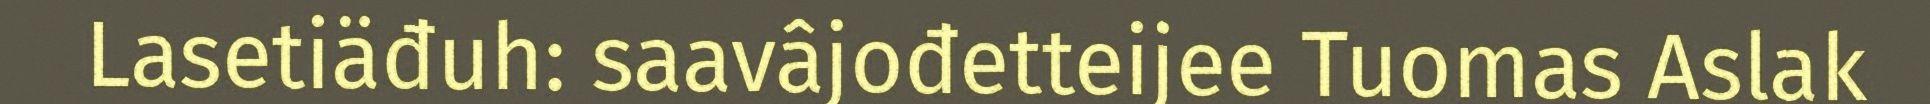
Lasetiäđuh: saavâjođetteijee Tuomas Aslak